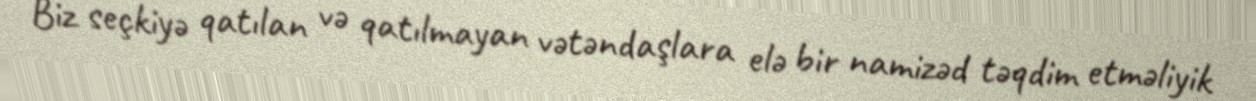
Biz seçkiyə qatılan və qatılmayan vətəndaşlara elə bir namizəd təqdim etməliyik